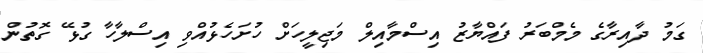
ގަމު ދާއިރާގެ މެމްބަރު ފައްޔާޒު އިސްމާއިލް މަޖިލީހަށް ހުށަހެޅުއްވި އިސްލާހާ ގުޅޭ ގޮތުން